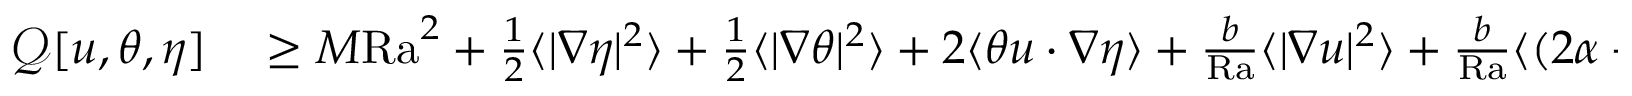
\begin{array} { r l } { \mathcal { Q } [ u , \theta , \eta ] } & { { } \geq M \mathrm { { R a } } ^ { 2 } + \frac { 1 } { 2 } \langle | \nabla \eta | ^ { 2 } \rangle + \frac { 1 } { 2 } \langle | \nabla \theta | ^ { 2 } \rangle + 2 \langle \theta u \cdot \nabla \eta \rangle + \frac { b } { \mathrm { { R a } } } \langle | \nabla u | ^ { 2 } \rangle + \frac { b } { \mathrm { { R a } } } \langle ( 2 \alpha + \kappa ) u _ { \tau } ^ { 2 } \rangle _ { \gamma ^ { - } \cup \gamma ^ { + } } } \end{array}